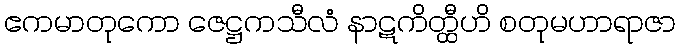
ဧကမာတုကော ဇေဋ္ဌကသီလံ နာဋကိတ္ထီဟိ စတုမဟာရာဇာ